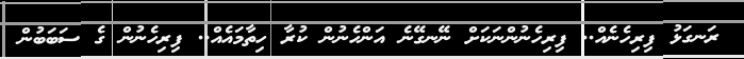
ރަނގަޅު ފިރިހެނެއް.. ފިރިހެނުންނަކަށް ނޭނގޭނެ އަންހެނުން ކުރާ ހިތާމައެއް.. ފިރިހެނުން ގެ ސަބަބުން